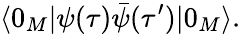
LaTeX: \langle 0_{M}|\psi(\tau)\bar{\psi}(\tau^{\prime})|0_{M}\rangle.